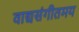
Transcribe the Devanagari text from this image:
वाद्यसंगीतमय